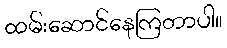
ထမ်းဆောင်နေကြတာပါ။